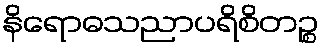
နိရောဓသညာပရိစိတဉ္စ